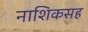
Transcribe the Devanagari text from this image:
नाशिकसह